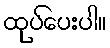
ထုပ်ပေးပါ။